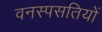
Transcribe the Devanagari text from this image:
वनस्पसतियों